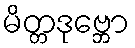
မိတ္တဒုဗ္ဘော